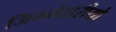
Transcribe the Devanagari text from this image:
जिम्मेदारीयो